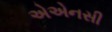
એએનસી